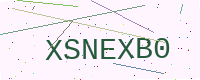
Text: XSNEXB0